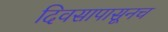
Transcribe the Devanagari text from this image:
दिवसापासूनच